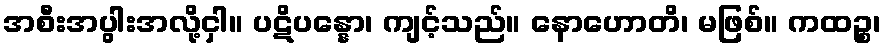
အစီးအပွါးအလို့ငှါ။ ပဋိပန္နော၊ ကျင့်သည်။ နောဟောတိ၊ မဖြစ်။ ကထဉ္စ၊